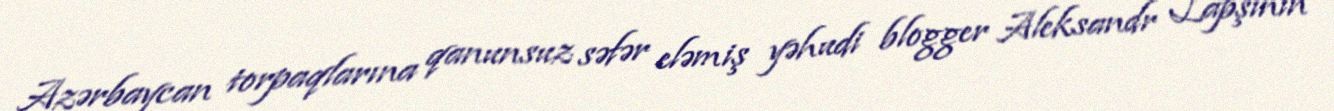
Azərbaycan torpaqlarına qanunsuz səfər eləmiş yəhudi blogger Aleksandr Lapşinin